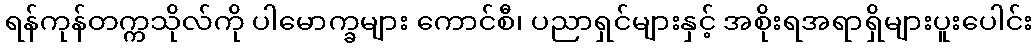
ရန်ကုန်တက္ကသိုလ်ကို ပါမောက္ခများ ကောင်စီ၊ ပညာရှင်များနှင့် အစိုးရအရာရှိများပူးပေါင်း